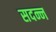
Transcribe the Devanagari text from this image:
सदन्न